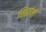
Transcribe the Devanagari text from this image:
सिद्धांनी